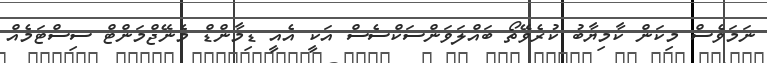
ނަމަވެސް މިކަން ކާމިޔާބު ކުރެވޭތޯ ބައްލަވަންސަކްސެސް އަކީ އެއީ ޑިމާންޑް މެނޭޖްމަންޓް ސިސްޓަމެއް